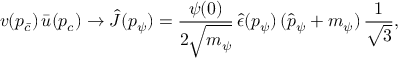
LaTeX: v ( p _ { \bar { c } } ) \, \bar { u } ( p _ { c } ) \to \hat { J } ( p _ { \psi } ) = { \frac { \psi ( 0 ) } { 2 \sqrt { \mathstrut m _ { \psi } } } } \, \hat { \epsilon } ( p _ { \psi } ) \, ( \hat { p } _ { \psi } + m _ { \psi } ) \, { \frac { 1 } { \sqrt { \mathstrut 3 } } } ,